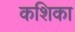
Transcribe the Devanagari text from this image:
कशिका